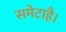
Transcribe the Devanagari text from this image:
समेटाहै।